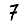
Digit: 7